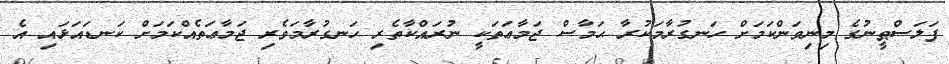
ފަލަސްޠީނުގެ މިނިވަންކަމަށް ހަނގުރާމަކުރާ ޙަމާސް ޖަމާޢަތަކީ ނުރައްކާތެރި ހަނގުރާމަވެރި ޖަމާޢަތެއްކަމަށް ކަނޑައަޅައި އެ